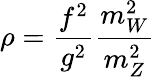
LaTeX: \rho=\frac{f^{2}}{g^{2}}\frac{m_{W}^{2}}{m_{Z}^{2}}